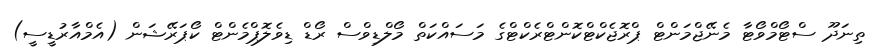
ތިނަދޫ ސްޓޯމްވޯޓާ މެނޭޖްމަންޓް ޕްރޮޖެކްޓްކޮންޓްރެކްޓްގެ މަސައްކަތް މޯލްޑިވްސް ރޯޑް ޑިވެލޮޕްމެންޓް ކޯޕަރޭޝަން (އެމްއާރުޑީސީ)